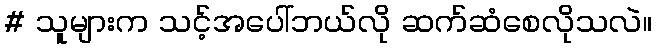
# သူများက သင့်အပေါ်ဘယ်လို ဆက်ဆံစေလိုသလဲ။